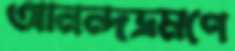
আনন্দভ্রমণে